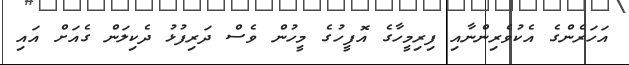
އަހަރެންގެ އެކުވެރިންނާއި ފިރިމީހާގެ އޮފީހުގެ މީހުން ވެސް ދަރިފުޅު ދެކިލަން ގެއަށް އައި